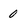
Character: 0